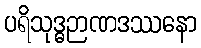
ပရိသုဒ္ဓဉာဏဒဿနော